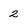
Character: 2